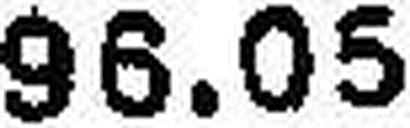
96.05